Vaccine operations Central Provinces & Berar 1922-1929 - 1922-1929
Year: 1922
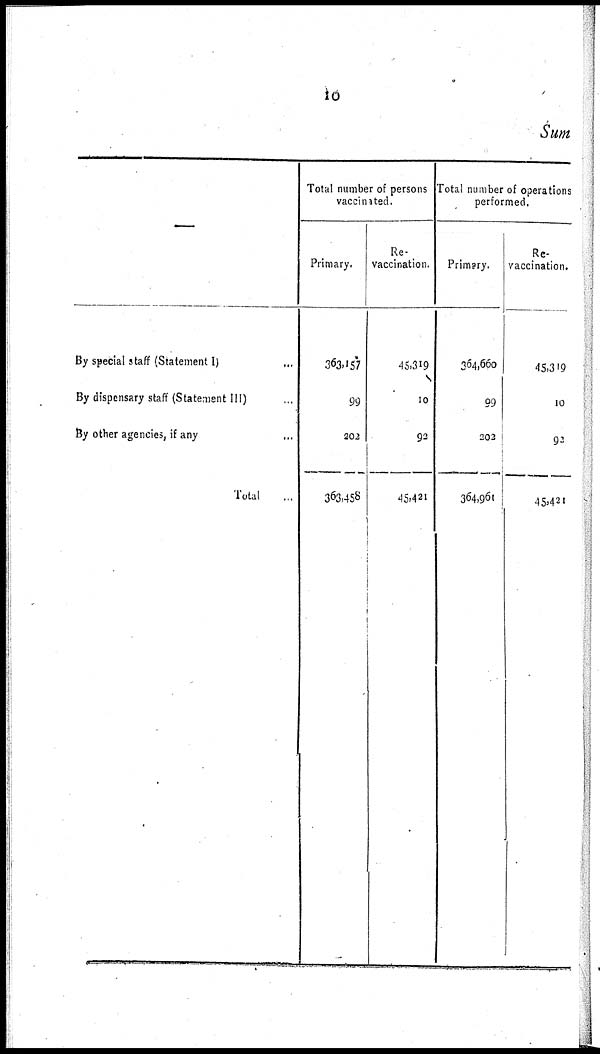
10
Sum
—
By special staff (Statement I)
...
By dispensary staff (Statement III) ...
By other agencies, if any ...
Total ...
Total number of persons
vaccinated.
Primary.
363,157
99
202
363,458
Re¬
vaccination.
45,319
10
92
45,421
Total number of operations
performed.
Primary.
364,660
99
202
364,961
Re¬
vaccination.
45,319
10
92
45,421